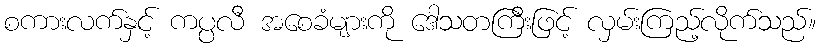
စကားလက်နှင့် ကပ္ပလီ အစေခံများကို ဒေါသတကြီးဖြင့် လှမ်းကြည့်လိုက်သည်။